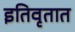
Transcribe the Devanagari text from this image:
इतिवृतात